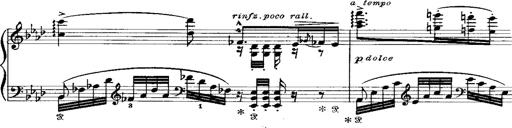
Title: Miserere du Trovatore
Composer: Franz Liszt